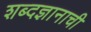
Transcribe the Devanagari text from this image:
शब्दज्ञानाची